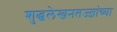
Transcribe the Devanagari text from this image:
शुद्धलेखनतज्ज्ञांच्या